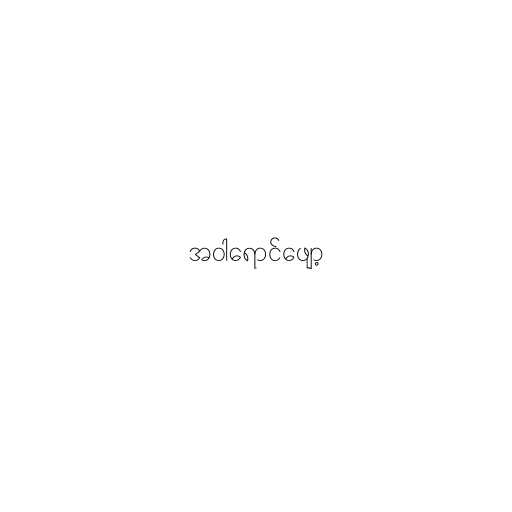
အဝါရောင်ဖျော့